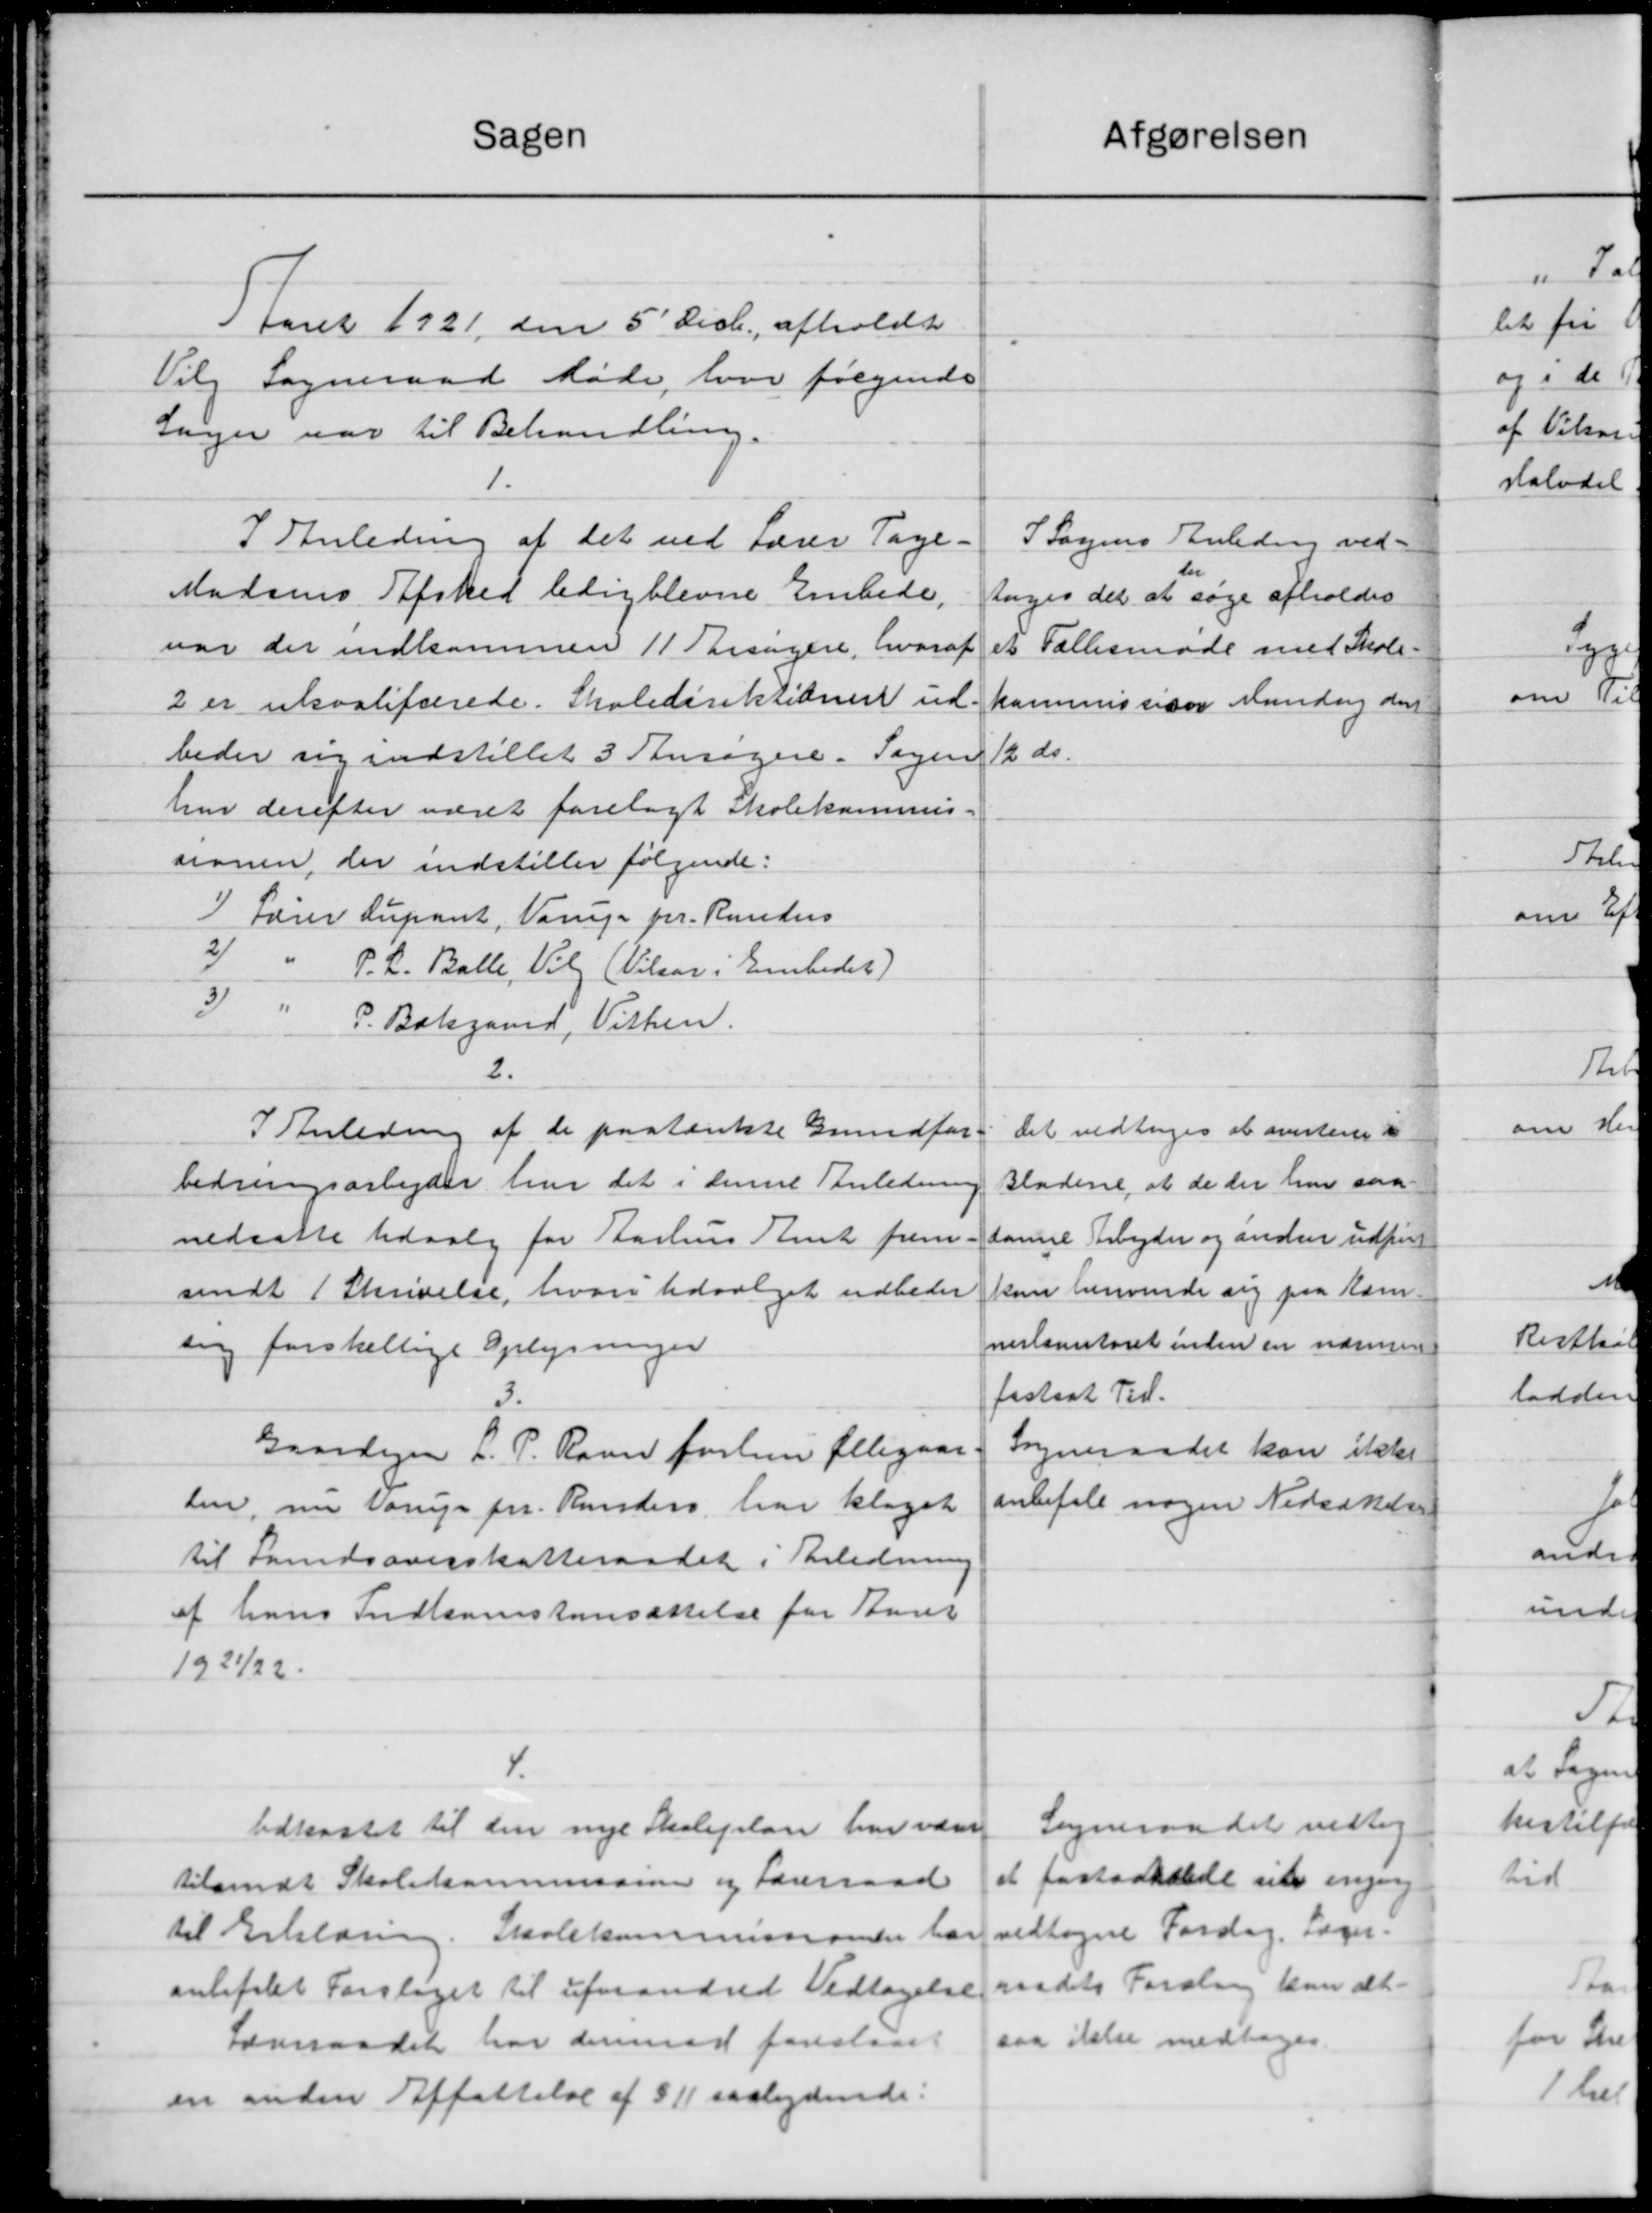
Transskription:
Sagen
Afgørelsen
1 Aaret 1921 den 5' Decb. afholdt
Vilg Sogneraad Møde, hvor følgende
Sager var til Behandling.
1.
I Anledning af det ved Lærer Tage-
I Sagens Anledning ved-
Madsens Afsked ledigblevne Embede,
toges det at søge afholdes
var der indkommen 11 Bisagere, hvoraf
et Fællesmøde med Skole-
2 er ukvatifcerede. Skoledirektioner ud-
kommissioon Mandag der
12 ds.
beder sig indstillet 3 Ansøgere. Sagen
har derefter været forelagt Skolekommis-
sionen, der indstiller følgende:
1
Fører Lupant, Varup pr. Runders
2) " P. L. Balle, Vil (Vilaar i Embedet)
3) " P. Bokgaard, Vithen.
2.
I Anledning af de paatænkte Grundfor-
Det vedtoges at averten i
Bladene at de der har saa-
bedringsarbejder har det i denne Anledning
nedsatte Udvalg for Aarhus Amt frem - samme Arbejder og anden udført
kan henvende sig paa Kom-
sendt i Skrivelse, hvor Udvalget udbeder
nestamentoret inden en nærmere
sig forskellige Oplysninger
fastsat Tid.
1
Sogneraadet kan ikke
Gaardejer L. P. Ravn forhen Ellegaar
anbefale nogen Nedsættelse
den, nu Varup pr. Runders har klaget
til Sandsoverskatteraadet i Anledning
af hans Indkomstensættelse for Aaret
1921/22.
4.
Sogneraadet vedtog
Udkastet til den nye Skoleplan har værer
at fastholde sin engen
tilsendt Skolekommissine og Forerraad
vedtagne Fordag. Læger.
til Erklæring. Skolekommissionen har
raadets Foraling kan at
anbefalet Forslaget til uforandred Vedtagelse
saa ikke medtages.
Seneraadet har derimod foreslaaet
en anden Affattelse af §11 saalydende: